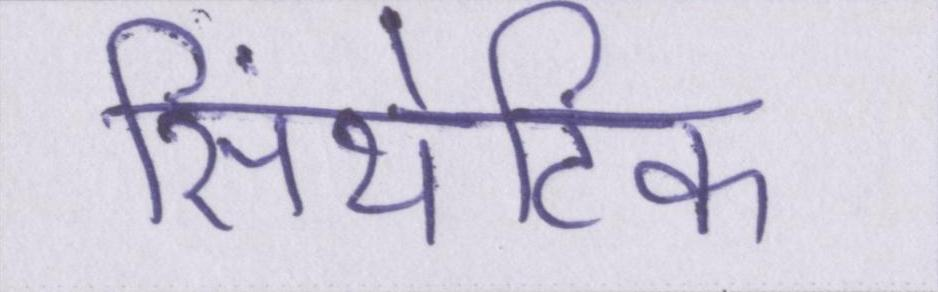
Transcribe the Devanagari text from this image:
सिंथेटिक